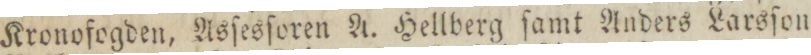
Kronofogden, Asſesſoren A. Hellberg ſamt Anders Larsſon